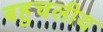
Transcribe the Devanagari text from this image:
बहुचलीय